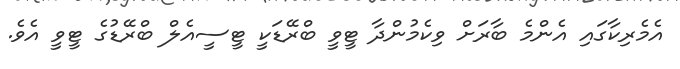
އެމެރިކާގައި އެންމެ ބާރަށް ވިކެމުންދާ ޓީވީ ބްރޭޑަކީ ޓީސީއެލް ބްރޭޑުގެ ޓީވީ އެވެ.